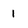
Character: l